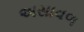
અસાવળ